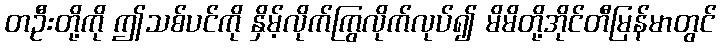
တဦးတို့ကို ဤသစ်ပင်ကို နှိမ့်လိုက်ကြွလိုက်လုပ်၍ မိမိတို့အိုင်တီမြန်မာတွင်